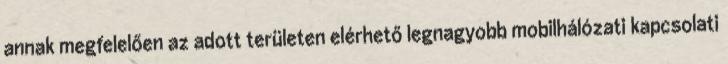
annak megfelelően az adott területen elérhető legnagyobb mobilhálózati kapcsolati